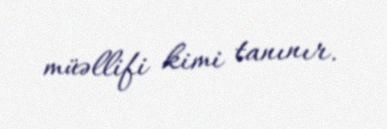
müəllifi kimi tanınır.